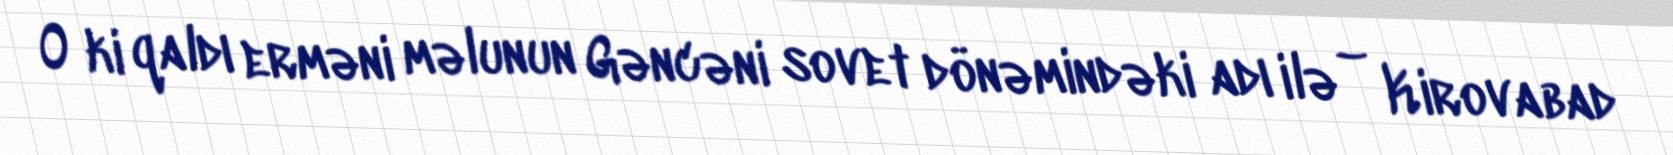
O ki qaldı erməni məlunun Gəncəni sovet dönəmindəki adı ilə – Kirovabad